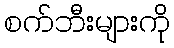
စက်ဘီးများကို